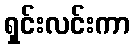
ရှင်းလင်းကာ